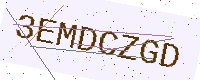
Text: 3EMDCZGD